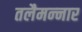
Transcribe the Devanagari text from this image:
तलैमन्‍नार